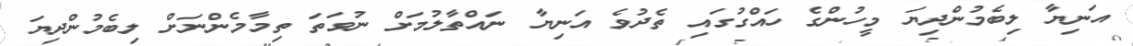
އަނިޔާ ލިބެމުންދިޔަ މީހުންގެ ހައްގުގައި ތެދުވެ އަނިޔާ ނައްތާލުމަށް ނުވަތަ ތިމާމެންނަށް ލިބެމުންދިޔަ